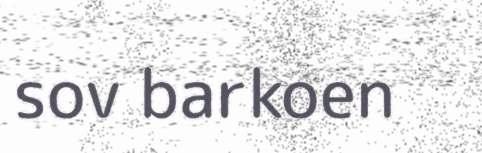
sov barkoen